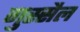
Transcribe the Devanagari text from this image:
गुस्‍सैल